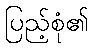
ပြည့်စုံ၏